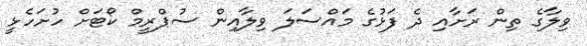
ވިލާގެ ތިން ރަށާއި ދެ ފަޅުގެ މައްސަލަ ވިލާއިން ސުޕްރީމް ކޯޓަށް ހުށަހެޅީ